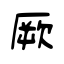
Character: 厥